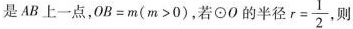
是AB上一点，$$O B = m ( m > 0 )$$，若\odot O的半径 $$r = \frac { 1 } { 2 }$$ 则